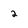
Character: 2